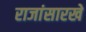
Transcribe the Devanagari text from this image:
राजांसारखे